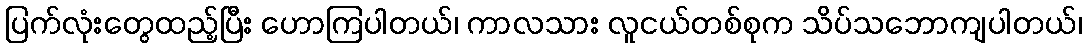
ပြက်လုံးတွေထည့်ပြီး ဟောကြပါတယ်၊ ကာလသား လူငယ်တစ်စုက သိပ်သဘောကျပါတယ်၊